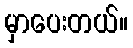
မှာပေးတယ်။